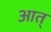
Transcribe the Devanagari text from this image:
आत्